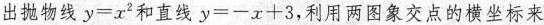
出抛物线$$y = x ^ { 2 } $$ 和直线 $$y = - x + 3$$ ，利用两图象交点的横坐标来